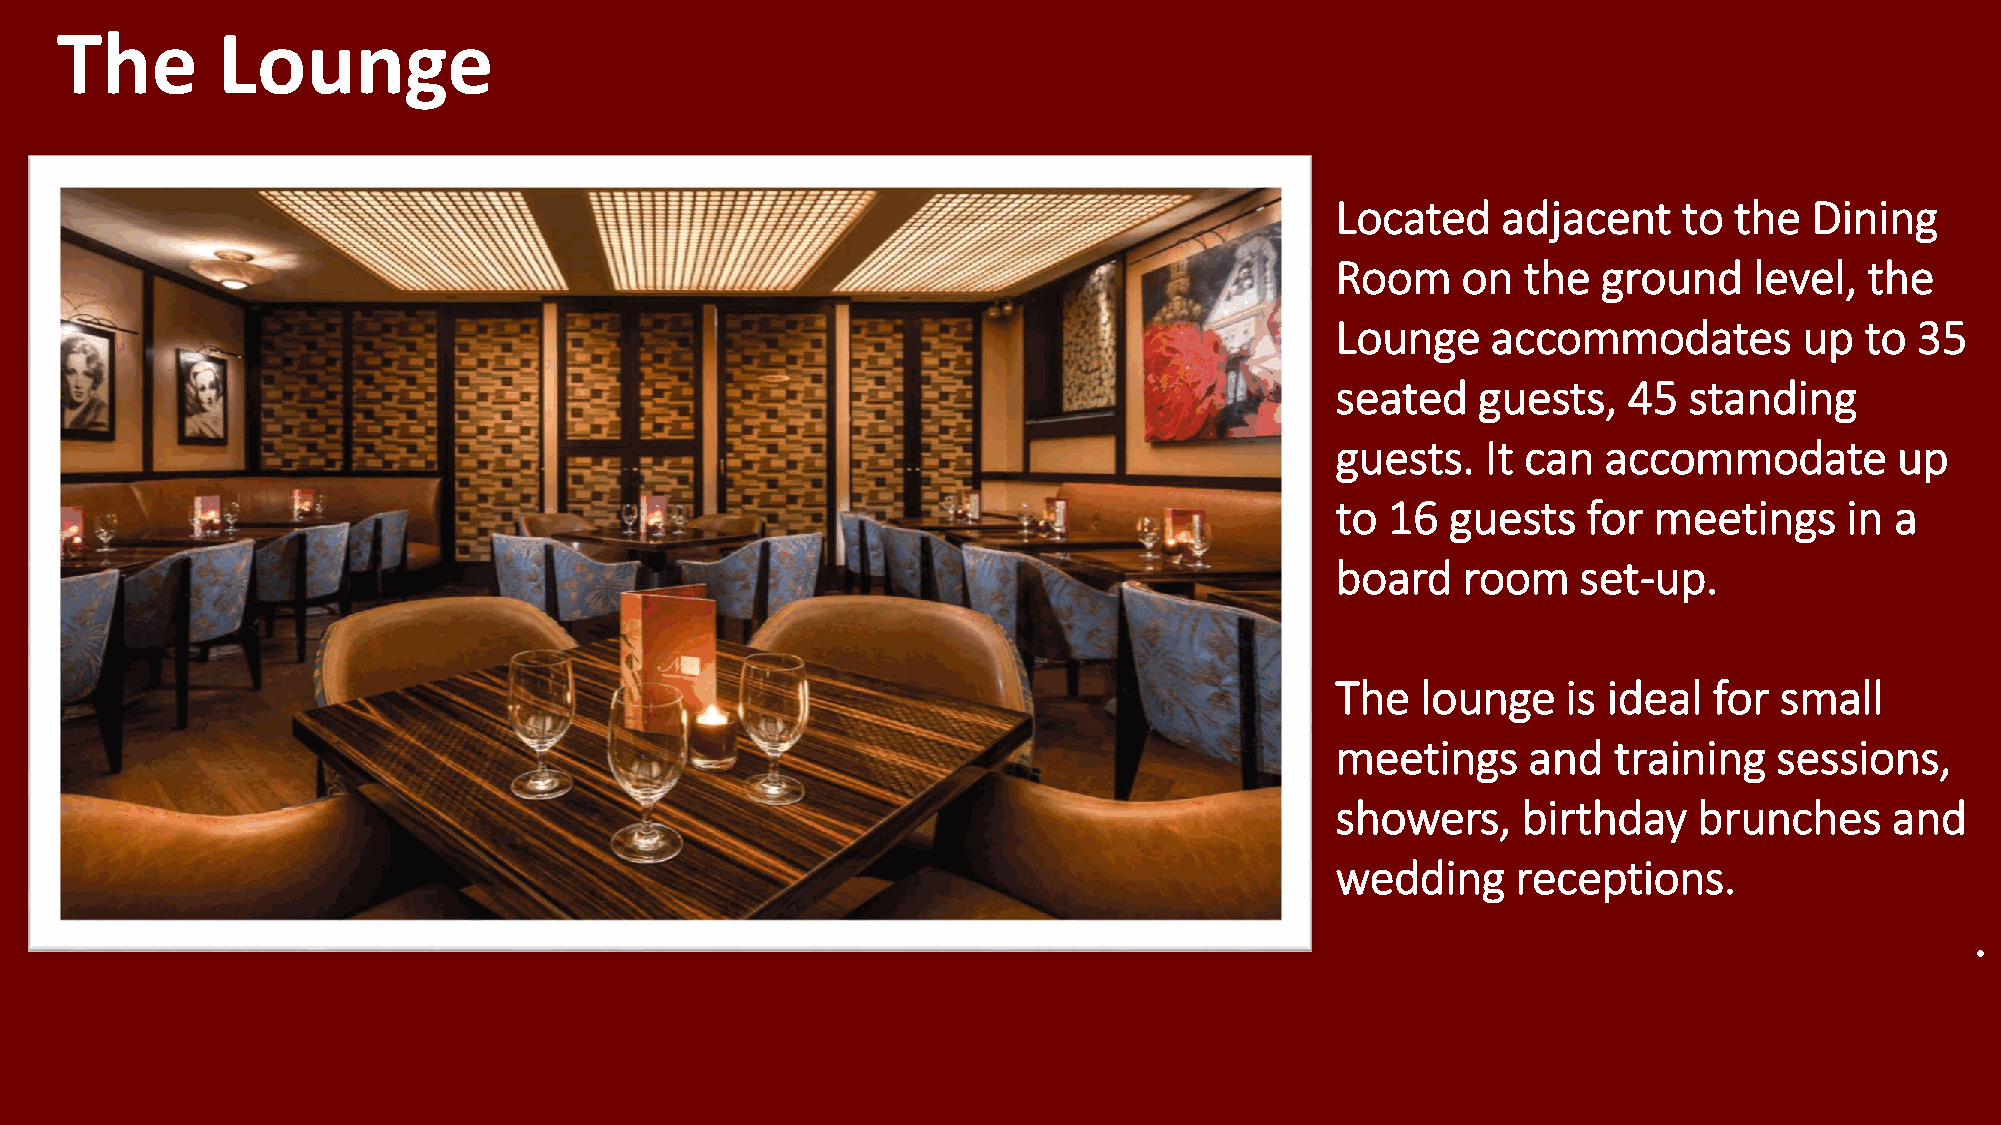
The       Lounge
 Located    adjacent    to  the  Dining
 Room     on  the  ground    level,  the
 Lounge     accommodates        up  to  35
 seated    guests,   45  standing
 guests.   It can  accommodate         up
 to  16  guests   for meetings     in a
 board    room    set-up.
 The   lounge    is ideal for  small
 meetings     and   training   sessions,
 showers,     birthday   brunches     and
 wedding     receptions.
 .